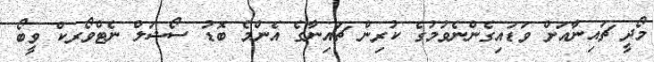
މޯދީ ޗައިނާއަށް ވަޑައިގެންނެވުމުގެ ކުރިން ޗައިނާގެ އެންމެ ބޮޑު ސޯޝަލް ނެޓްވޯރކް ވީބޯ